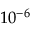
1 0 ^ { - 6 }